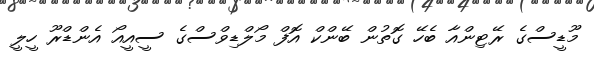
މޫޑީސްގެ ރޭޓިންއާ ބެހޭ ގޮތުން ބޭންކް އޮފް މޯލްޑިވްސްގެ ސީއީއޯ އެންޑްރޫ ހީލީ